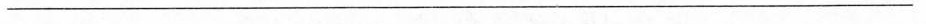
___